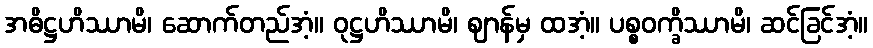
အဓိဋ္ဌဟိဿာမိ၊ ဆောက်တည်အံ့။ ဝုဋ္ဌဟိဿာမိ၊ ဈာန်မှ ထအံ့။ ပစ္စဝက္ခိဿာမိ၊ ဆင်ခြင်အံ့။